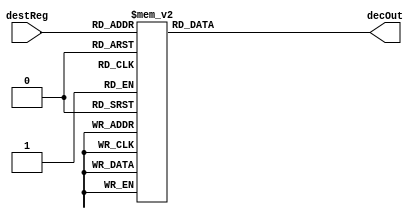
`timescale 1ns / 1ps
//////////////////////////////////////////////////////////////////////////////////
// Company: 
// Engineer: 
// 
// Design Name: 
// Module Name:    decoder 
// Project Name: 
// Target Devices: 
// Tool versions: 
// Description: 
//
// Dependencies: 
//
// Revision: 
// Revision 0.01 - File Created
// Additional Comments: 
//
//////////////////////////////////////////////////////////////////////////////////
module decoder(
    input [3:0] destReg,
    output reg [15:0] decOut
    );
	always @ (destReg)
		begin
			decOut = 0;
			case (destReg)
				4'h0 : decOut = 16'h0001;
				4'h1 : decOut = 16'h0002;
				4'h2 : decOut = 16'h0004;
				4'h3 : decOut = 16'h0008;
				4'h4 : decOut = 16'h0010;
				4'h5 : decOut = 16'h0020;
				4'h6 : decOut = 16'h0040;
				4'h7 : decOut = 16'h0080;
				4'h8 : decOut = 16'h0100;
				4'h9 : decOut = 16'h0200;
				4'hA : decOut = 16'h0400;
				4'hB : decOut = 16'h0800;
				4'hC : decOut = 16'h1000;
				4'hD : decOut = 16'h2000;
				4'hE : decOut = 16'h4000;
				4'hF : decOut = 16'h8000;
			endcase
		end

endmodule